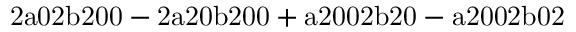
\mathrm { 2 a 0 2 b 2 0 0 - 2 a 2 0 b 2 0 0 + a 2 0 0 2 b 2 0 - a 2 0 0 2 b 0 2 }